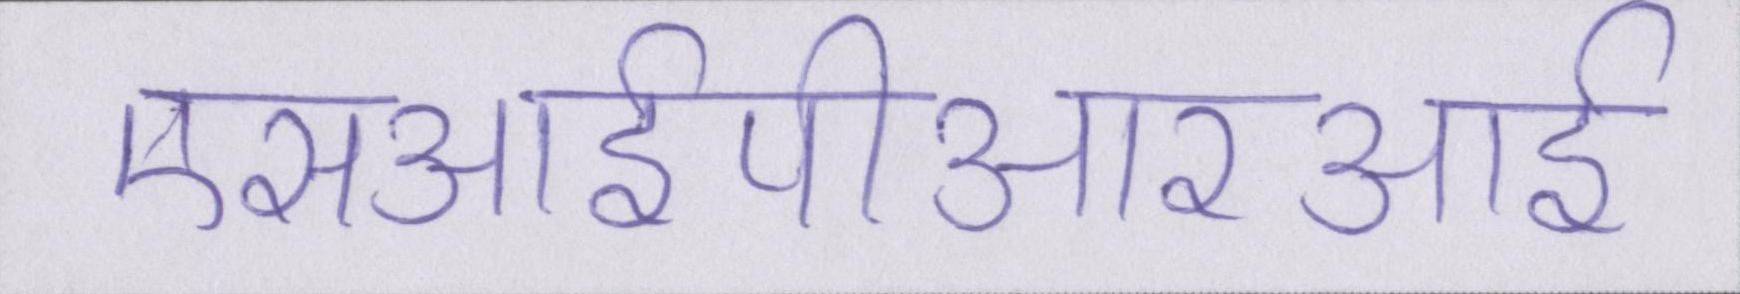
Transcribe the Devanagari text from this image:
एसआईपीआरआई